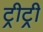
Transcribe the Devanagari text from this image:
ट्रीट्री